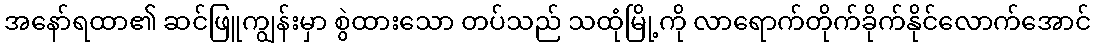
အနော်ရထာ၏ ဆင်ဖြူကျွန်းမှာ စွဲထားသော တပ်သည် သထုံမြို့ကို လာရောက်တိုက်ခိုက်နိုင်လောက်အောင်